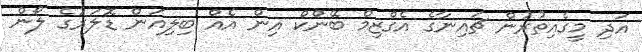
އަދި މީގެއިތުރުން ޗައިނާގެ އެގްޒިމް ބޭންކް އިން އެއް ބިލިއަން ޑޮލަރުގެ ލޯން